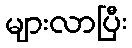
များလာပြီး